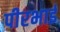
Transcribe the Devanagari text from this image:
पीरभाई